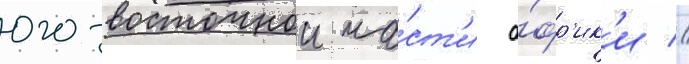
юго-восточнои ча́ст'и а́фр'ик'и //